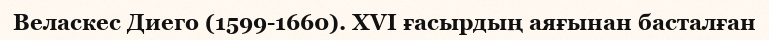
Веласкес Диего (1599-1660). XVI ғасырдың аяғынан басталған